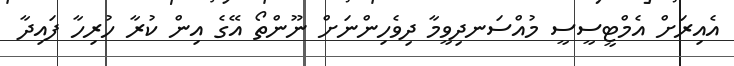
އެއިރަށް އެމްޓީސީސީ މުއްސަނދިވީމާ ދިވެހިންނަށް ނޫންތޯ އޭގެ އިން ކުރާ ހުރިހާ ފައިދާ